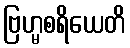
ဗြဟ္မစရိယေတိ